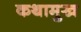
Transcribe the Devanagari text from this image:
कथामुख